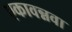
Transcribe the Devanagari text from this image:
एकावन्नवा